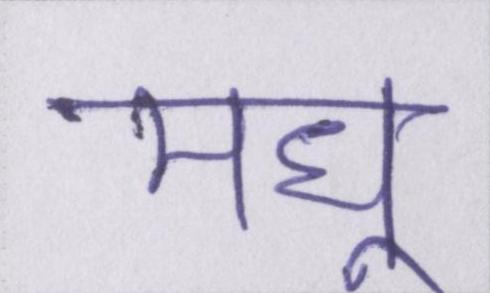
मधु